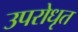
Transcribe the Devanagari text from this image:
उपरोधृत